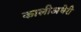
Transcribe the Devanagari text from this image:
कालीअधेरी